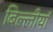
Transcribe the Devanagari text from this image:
बिल्लीयां